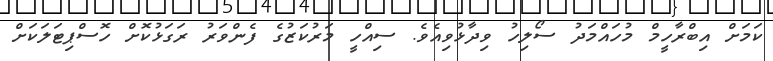
ކަމަށް އިބްރާހީމް މުހައްމަދު ސޯލިހު ވިދާޅުވިއެވެ. ސިއްހީ މަރުކަޒުގެ ފެންވަރު ރަގަޅުކޮށް ހޮސްޕިޓަލަކަށް